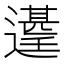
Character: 𮟑